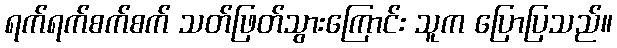
ရက်ရက်စက်စက် သတ်ဖြတ်သွားကြောင်း သူက ပြောပြသည်။